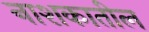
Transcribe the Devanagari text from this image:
नाशकातील